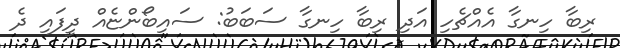
ރިބާ ހިނގާ އެއްޗެހި އަދި ރިބާ ހިނގާ ސަބަބު: ސައިބޯންޏެއް ދީފައި ދެ